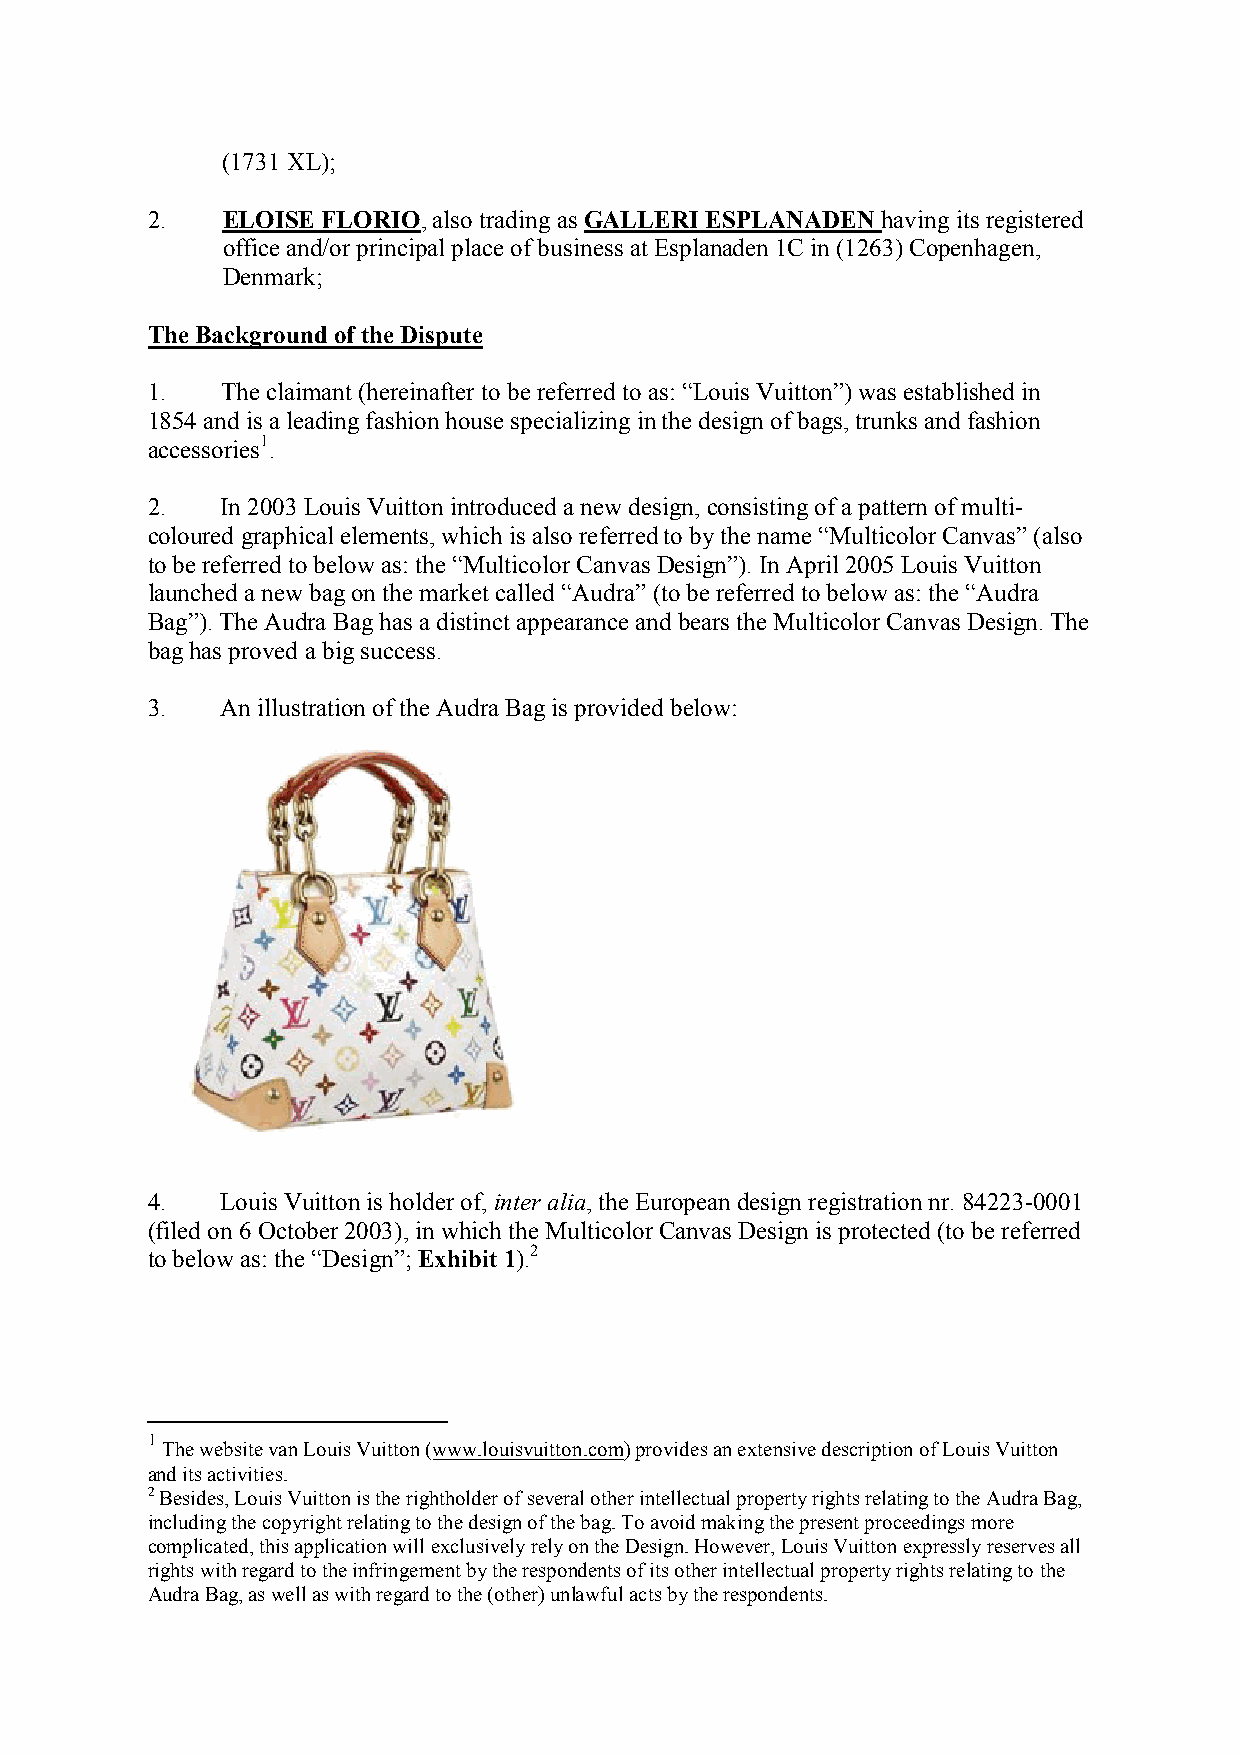
(1731 XL);
 2.   ELOISE FLORIO, also trading as GALLERI ESPLANADEN having its registered
 office and/or principal place of business at Esplanaden 1C in (1263) Copenhagen,
 Denmark;
 The Background of the Dispute
 1.   The claimant (hereinafter to be referred to as: “Louis Vuitton”) was established in
 1854 and is a leading fashion house specializing in the design of bags, trunks and fashion
 accessories1.
 2.   In 2003 Louis Vuitton introduced a new design, consisting of a pattern of multi-
 coloured graphical elements, which is also referred to by the name “Multicolor Canvas” (also
 to be referred to below as: the “Multicolor Canvas Design”). In April 2005 Louis Vuitton
 launched a new bag on the market called “Audra” (to be referred to below as: the “Audra
 Bag”). The Audra Bag has a distinct appearance and bears the Multicolor Canvas Design. The
 bag has proved a big success.
 3.   An illustration of the Audra Bag is provided below:
 4.   Louis Vuitton is holder of, inter alia, the European design registration nr. 84223-0001
 (filed on 6 October 2003), in which the Multicolor Canvas Design is protected (to be referred
 to below as: the “Design”; Exhibit 1).2
 1
 The website van Louis Vuitton (www.louisvuitton.com) provides an extensive description of Louis Vuitton
 and its activities.
 2 Besides, Louis Vuitton is the rightholder of several other intellectual property rights relating to the Audra Bag,
 including the copyright relating to the design of the bag. To avoid making the present proceedings more
 complicated, this application will exclusively rely on the Design. However, Louis Vuitton expressly reserves all
 rights with regard to the infringement by the respondents of its other intellectual property rights relating to the
 Audra Bag, as well as with regard to the (other) unlawful acts by the respondents.